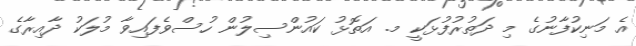
އެ މަނިކުފާނުގެ މި ދަތުރުފުޅަކީ މ. އަތޮޅު ކައުންސިލުން ހުސްވެފައިވާ މުލަކު ދާއިރާގެ